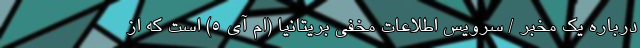
درباره یک مخبر / سرویس اطلاعات مخفی بریتانیا (ام آی 5) است که از